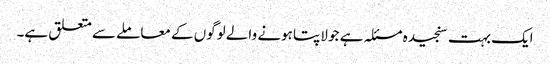
ایک بہت سنجیدہ مسئلہ ہے جو لاپتا ہونے والے لوگوں کے معاملے سے متعلق ہے۔